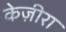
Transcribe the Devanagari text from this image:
केज़ीरा